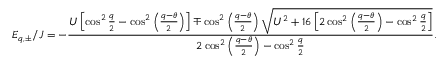
E _ { q , \pm } / J = - \frac { U \left[ \cos ^ { 2 } \frac { q } { 2 } - \cos ^ { 2 } \left( \frac { q - \theta } { 2 } \right) \right] \mp \cos ^ { 2 } \left( \frac { q - \theta } { 2 } \right) \sqrt { U ^ { 2 } + 1 6 \left[ 2 \cos ^ { 2 } \left( \frac { q - \theta } { 2 } \right) - \cos ^ { 2 } \frac { q } { 2 } \right] } } { 2 \cos ^ { 2 } \left( \frac { q - \theta } { 2 } \right) - \cos ^ { 2 } \frac { q } { 2 } } .